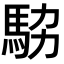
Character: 𩢊